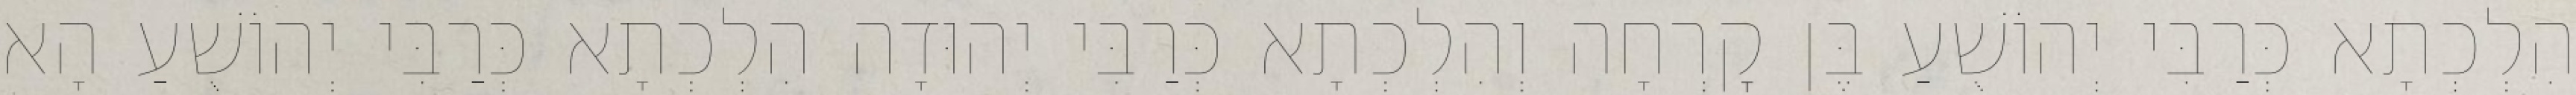
הִלְכְתָא כְּרַבִּי יְהוֹשֻׁעַ בֶּן קׇרְחָה וְהִלְכְתָא כְּרַבִּי יְהוּדָה הִלְכְתָא כְּרַבִּי יְהוֹשֻׁעַ הָא